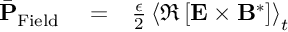
\begin{array} { r l r } { \bar { \bf P } _ { \mathrm { F i e l d } } } & { { } = } & { \frac { \epsilon } { 2 } \left\langle \Re \left[ { \bf E } \times { \bf B } ^ { * } \right] \right\rangle _ { t } } \end{array}